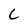
Character: C